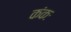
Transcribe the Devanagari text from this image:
कंकः